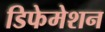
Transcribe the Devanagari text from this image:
डिफेमेशन